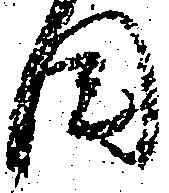
目